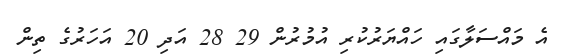
އެ މައްސަލާގައި ހައްޔަރުކުރި އުމުރުން 29 28 އަދި 20 އަހަރުގެ ތިން